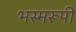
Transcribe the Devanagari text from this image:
भस्मरूपी